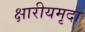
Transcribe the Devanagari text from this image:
क्षारीयमृदा